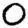
Digit: 0